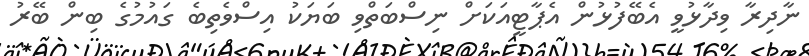
ނާދިރާ ވިދާޅުވީ އެބޭފުޅުން އެޕާޓީއަކަށް ނިސްބަތްވި ބަޔަކު އިސްވެތިބެ ގައުމުގެ ބިން ބޭރު